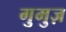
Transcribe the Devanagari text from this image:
गुमुज़